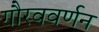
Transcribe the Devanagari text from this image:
गौरववर्णन